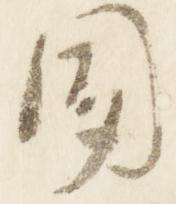
聞